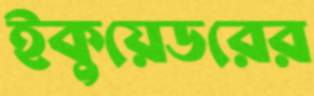
ইকুয়েডরের